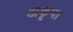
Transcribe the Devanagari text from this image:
अकृपा